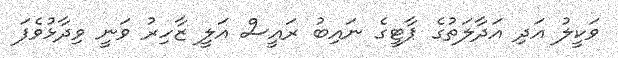
ވަކީލު އަދި އަދާލަތުގެ ޕާޓީގެ ނައިބު ރައީސް އަލީ ޒާހިރު ވަނީ ވިދާޅުވެފަ